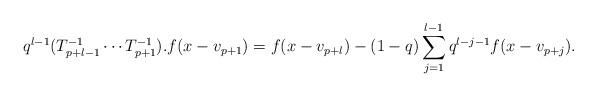
LaTeX: \begin{align*}q^{l-1}(T_{p+l-1}^{-1} \cdots T_{p+1}^{-1}).f(x-v_{p+1})=f(x-v_{p+l})-(1-q)\sum_{j=1}^{l-1}q^{l-j-1}f(x-v_{p+j}). \end{align*}